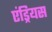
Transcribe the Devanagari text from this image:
एंड्रियस